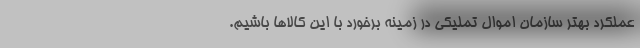
عملکرد بهتر سازمان اموال تملیکی در زمینه برخورد با این کالاها باشیم.